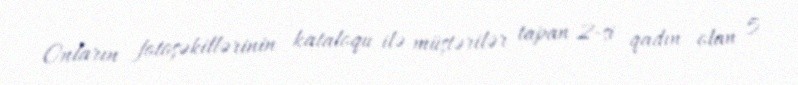
Onların fotoşəkillərinin kataloqu ilə müştərilər tapan 2-si qadın olan 5